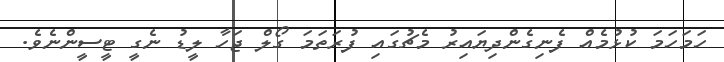
ހަމަހަމަ ކުޅުމެއް ފެނިގެންދިޔައިރު މެޗުގައި ފުރަތަމަ ގޯލް ޖަހާ ލީޑު ނެގީ ޓީސީންނެވެ.